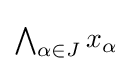
\textstyle \bigwedge _{\alpha \in J}x_{\alpha }